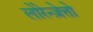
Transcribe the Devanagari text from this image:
लोरेन्ज़ेत्तो